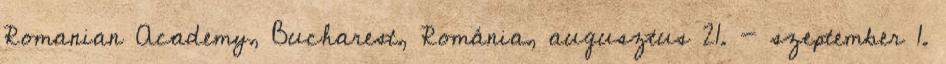
Romanian Academy, Bucharest, Románia, augusztus 21. - szeptember 1.